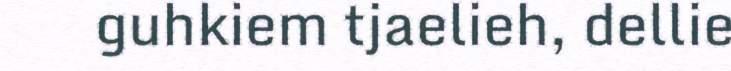
guhkiem tjaelieh, dellie